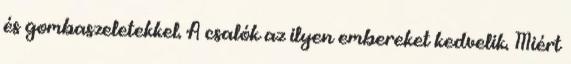
és gombaszeletekkel. A csalók az ilyen embereket kedvelik. Miért